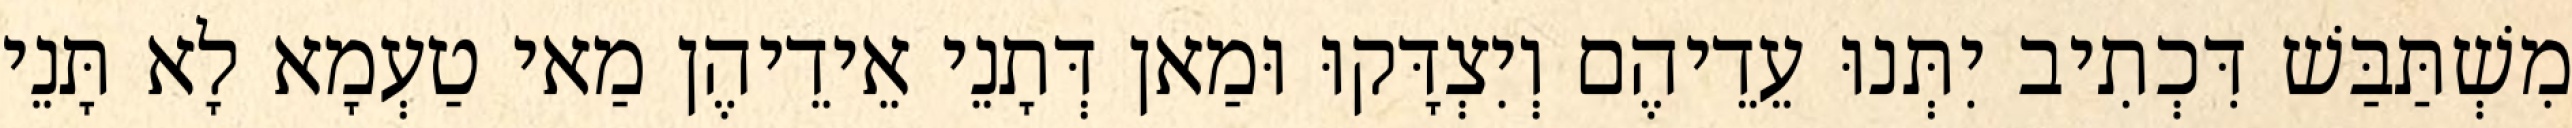
מִשְׁתַּבַּשׁ דִּכְתִיב יִתְּנוּ עֵדֵיהֶם וְיִצְדָּקוּ וּמַאן דְּתָנֵי אֵידֵיהֶן מַאי טַעְמָא לָא תָּנֵי